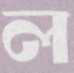
ল